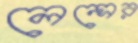
লেন্সের